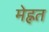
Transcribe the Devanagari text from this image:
मेह्नत